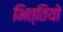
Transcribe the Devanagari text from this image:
भित्तियो